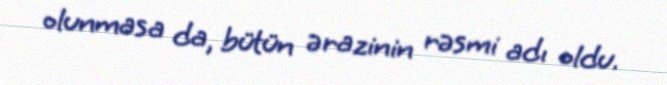
olunmasa da, bütün ərazinin rəsmi adı oldu.